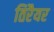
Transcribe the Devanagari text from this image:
तिरैयर